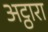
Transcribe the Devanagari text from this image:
अट्ठारा